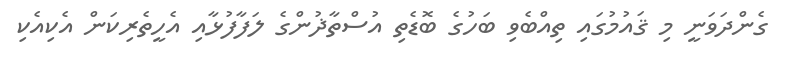
ގެންދަވަނީ މި ޤައުމުގައި ތިއްބެވި ބަހުގެ ބޮޑެތި އުސްތާޛުންގެ ލަފާފުޅާއި އެހީތެރިކަން އެކިއެކި